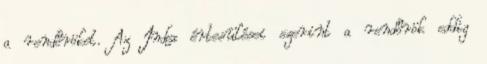
a rendőröket. Az Index értesülései szerint a rendőrök eddig